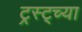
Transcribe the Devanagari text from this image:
ट्रस्ट्च्या